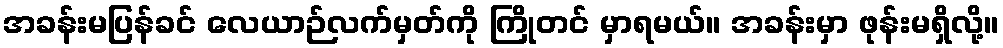
အခန်းမပြန်ခင် လေယာဉ်လက်မှတ်ကို ကြိုတင် မှာရမယ်။ အခန်းမှာ ဖုန်းမရှိလို့။